Lunatic asylums Bombay report 1878-1890 - 1878-1890
Year: 1878
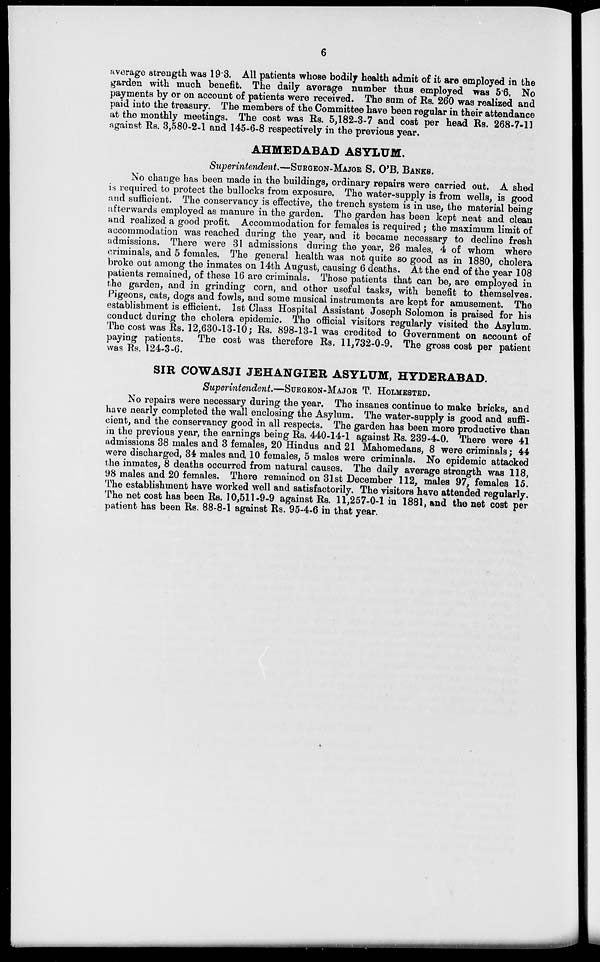
6
average strength was 19.3. All patients whose bodily health admit of it are employed in the
garden with much benefit. The daily average number thus employed was 5.6. No
payments by or on account of patients were received. The sum of Rs. 260 was realized and
paid into the treasury. The members of the Committee have been regular in their attendance
at the monthly meetings. The cost was Rs. 5,182-3-7 and cost per head Rs. 268-7-11
against Rs. 3,580-2-1 and 145-6-8 respectively in the previous year.
AHMEDABAD ASYLUM.
Superintendent—SURGEON-MAJOR S. O'B. BANKS
No change has been made in the buildings, ordinary repairs were carried out. A shed
is required to protect the bullocks from exposure. The water-supply is from wells, is good
and sufficient. The conservancy is effective, the trench system is in use, the material being
afterwards employed as manure in the garden. The garden has been kept neat and clean
and realized a good profit. Accommodation for females is required ; the maximum limit of
accommodation was reached during the year, and it became necessary to decline fresh
admissions. There were 31 admissions during the year, 26 males, 4 of whom where
criminals, and 5 females. The general health was not quite so good as in 1880, cholera
broke out among the inmates on 14th August, causing 6 deaths. At the end of the year 108
patients remained, of these 16 are criminals. Those patients that can be, are employed in
the garden, and in grinding corn, and other useful tasks, with benefit to themselves.
Pigeons, cats, dogs and fowls, and some musical instruments are kept for amusement. The
establishment is efficient. 1st Class Hospital Assistant Joseph Solomon is praised for his
conduct during the cholera epidemic. The official visitors regularly visited the Asylum.
The cost was Rs. 12,630-13-10; Rs. 898-13-1 was credited to Government on account of
paying patients. The cost was therefore Rs. 11,732-0-9. The gross cost per patient
was Rs. 124-3-6.
SIR COWASJI JEHANGIER ASYLUM, HYDERABAD.
Superintendent—SURGEON-MAJOR T. HOLMESTED.
No repairs were necessary during the year. The insanes continue to make bricks, and
have nearly completed the wall enclosing the Asylum. The water-supply is good and suffi-
cient, and the conservancy good in all respects. The garden has been more productive than
in the previous year, the earnings being Rs. 440-14-1 against Rs. 239-4-0. There were 41
admissions 38 males and 3 females, 20 Hindus and 21 Mahomedans, 8 were criminals; 44
were discharged, 34 males and 10 females, 5 males were criminals. No epidemic attacked
the inmates, 8 deaths occurred from natural causes. The daily average strength was 118,
98 males and 20 females. There remained on 31st December 112, males 97, females 15.
The establishment have worked well and satisfactorily. The visitors have attended regularly.
The net cost has been Rs. 10,511-9-9 against Rs. 11,257-0-1 in 1881, and the net cost per
patient has been Rs. 88-8-1 against Rs. 95-4-6 in that year.